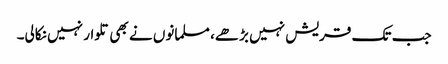
جب تک قریش نہیں بڑھے، مسلمانوں نے بھی تلوار نہیں نکالی۔